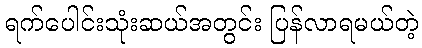
ရက်ပေါင်းသုံးဆယ်အတွင်း ပြန်လာရမယ်တဲ့